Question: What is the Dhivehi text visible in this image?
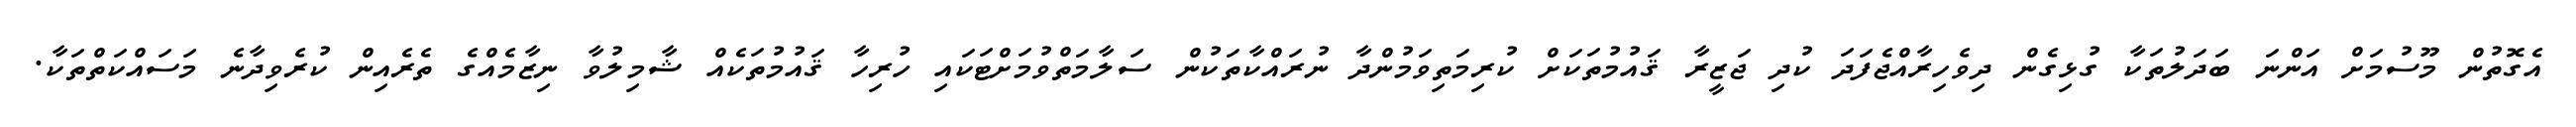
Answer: އެގޮތުން މޫސުމަށް އަންނަ ބަދަލުތަކާ ގުޅިގެން ދިވެހިރާއްޖެފަދަ ކުދި ޖަޒީރާ ޤައުމުތަކަށް ކުރިމަތިވަމުންދާ ނުރައްކާތަކުން ސަލާމަތްވުމަށްޓަކައި ހުރިހާ ޤައުމުތަކެއް ޝާމިލުވާ ނިޒާމެއްގެ ތެރެއިން ކުރެވިދާނެ މަސައްކަތްތަކާ.